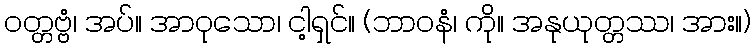
ဝတ္တဗ္ဗံ၊ အပ်။ အာဝုသော၊ ငါ့ရှင်။ (ဘာဝနံ၊ ကို။ အနုယုတ္တဿ၊ အား။)